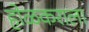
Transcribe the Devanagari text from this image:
होळकराला